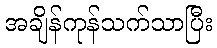
အချိန်ကုန်သက်သာပြီး